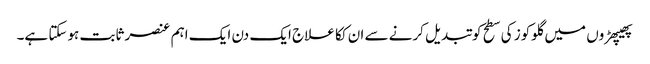
پھیپھڑوں میں گلوکوز کی سطح کو تبدیل کرنے سے ان ککا علاج ایک دن ایک اہم عنصر ثابت ہوسکتا ہے۔